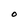
Character: O